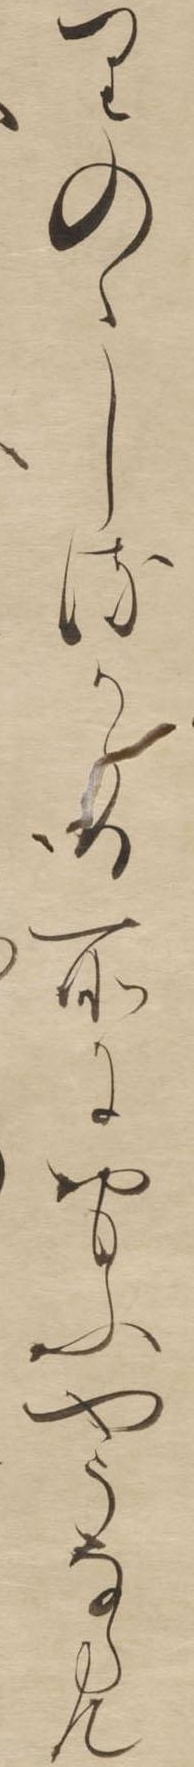
りのゝしるかゝる所におもふやうならん